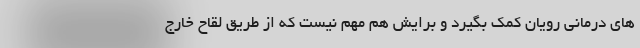
های درمانی رویان کمک بگیرد و برایش هم مهم نیست که از طریق لقاح خارج